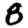
Digit: 8